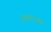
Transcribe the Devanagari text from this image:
२३२१०२७